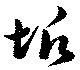
垢